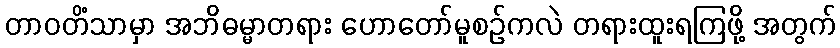
တာဝတိံသာမှာ အဘိဓမ္မာတရား ဟောတော်မူစဉ်ကလဲ တရားထူးရကြဖို့ အတွက်